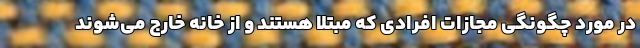
در مورد چگونگی مجازات افرادی که مبتلا هستند و از خانه خارج می‌شوند